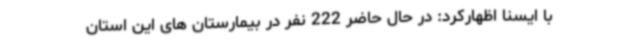
با ایسنا اظهارکرد: در حال حاضر 222 نفر در بیمارستان های این استان